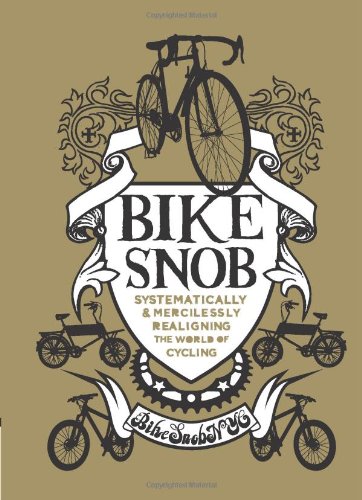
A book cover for Bike Snob: Systematically & Mercilessly Realigning the World of Cycling; BikeSnobNYC; Sports & Outdoors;